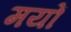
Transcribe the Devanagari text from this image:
मयों